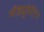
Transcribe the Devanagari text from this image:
मॉड्युलेटिंग